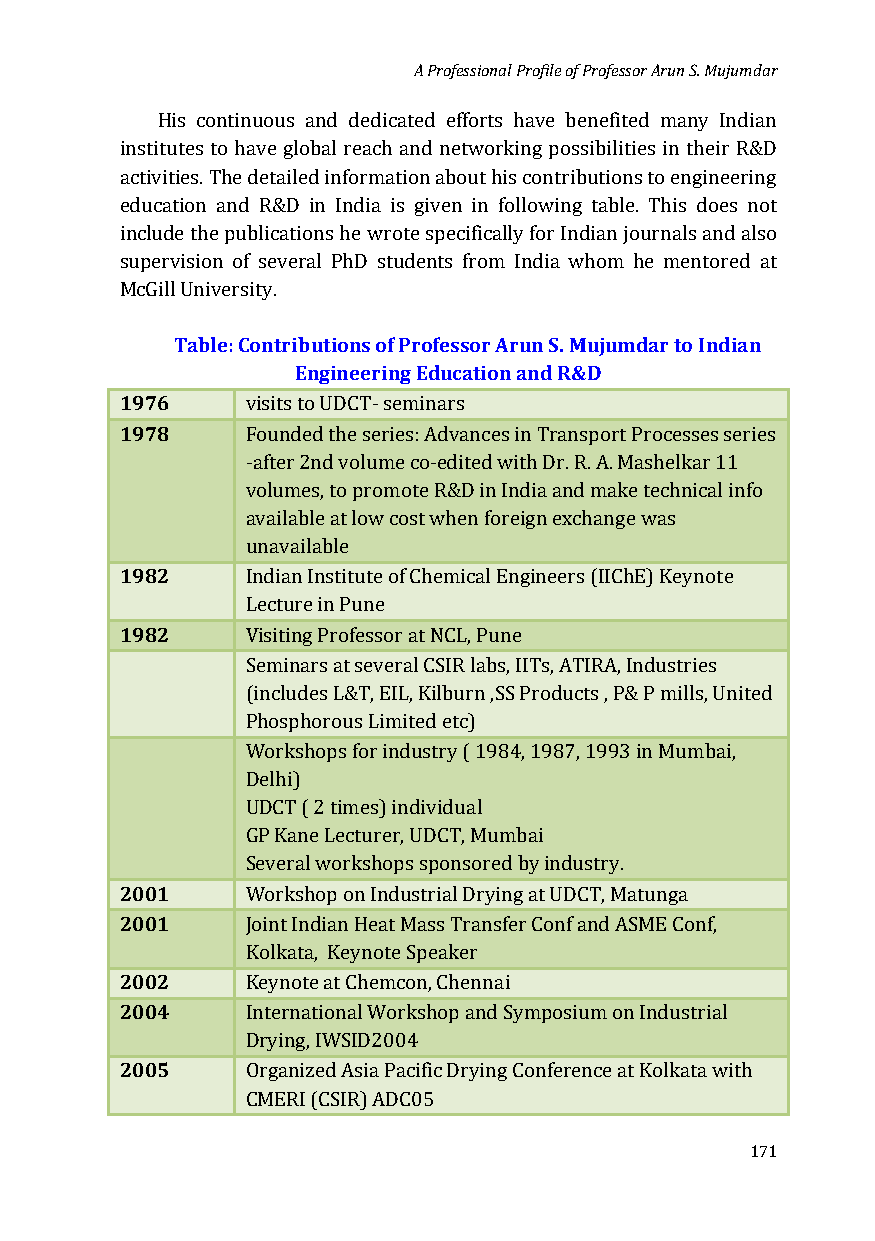
A Professional Profile of Professor Arun S. Mujumdar
 His continuous and dedicated efforts have benefited many Indian
 institutes to have global reach and networking possibilities in their R&D
 activities. The detailed information about his contributions to engineering
 education and R&D in India is given in following table. This does not
 include the publications he wrote specifically for Indian journals and also
 supervision of several PhD students from India whom he mentored at
 McGill University.
 Table: Contributions of Professor Arun S. Mujumdar to Indian
 Engineering Education and R&D
 1976
 1978
 visits to UDCT- seminars
 Founded the series: Advances in Transport Processes series
 -after 2nd volume co-edited with Dr. R. A. Mashelkar 11
 volumes, to promote R&D in India and make technical info
 available at low cost when foreign exchange was
 1982
 unavailable
 Indian Institute of Chemical Engineers (IIChE) Keynote
 1982
 Lecture in Pune
 Visiting Professor at NCL, Pune
 Seminars at several CSIR labs, IITs, ATIRA, Industries
 (includes L&T, EIL, Kilburn ,SS Products , P& P mills, United
 Phosphorous Limited etc)
 Workshops for industry ( 1984, 1987, 1993 in Mumbai,
 Delhi)
 UDCT ( 2 times) individual
 GP Kane Lecturer, UDCT, Mumbai
 2001
 Several workshops sponsored by industry.
 2001
 Workshop on Industrial Drying at UDCT, Matunga
 Joint Indian Heat Mass Transfer Conf and ASME Conf,
 2002
 Kolkata, Keynote Speaker
 2004
 Keynote at Chemcon, Chennai
 International Workshop and Symposium on Industrial
 2005
 Drying, IWSID2004
 Organized Asia Pacific Drying Conference at Kolkata with
 CMERI (CSIR) ADC05
 171